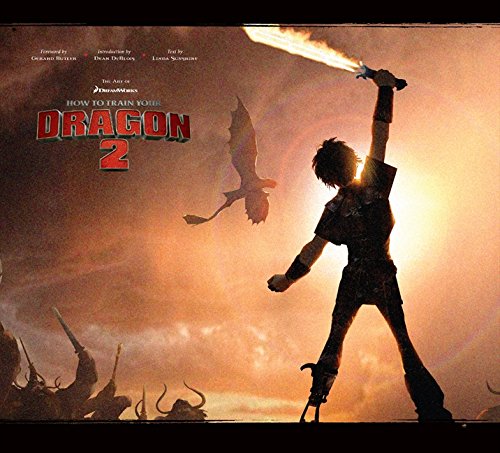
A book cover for The Art of DreamWorks How to Train Your Dragon 2; Linda Sunshine; Humor & Entertainment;